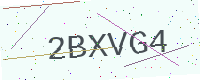
Text: 2BXVG4